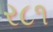
ર૮૧